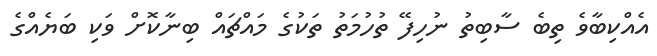
އެއްކިބާވެ ތިބެ ސާބިތު ނުހިފޭ ތުހުމަތު ތަކުގެ މައްޗައް ބިނާކޮށް ވަކި ބަޔެއްގެ